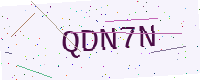
Text: QDN7N